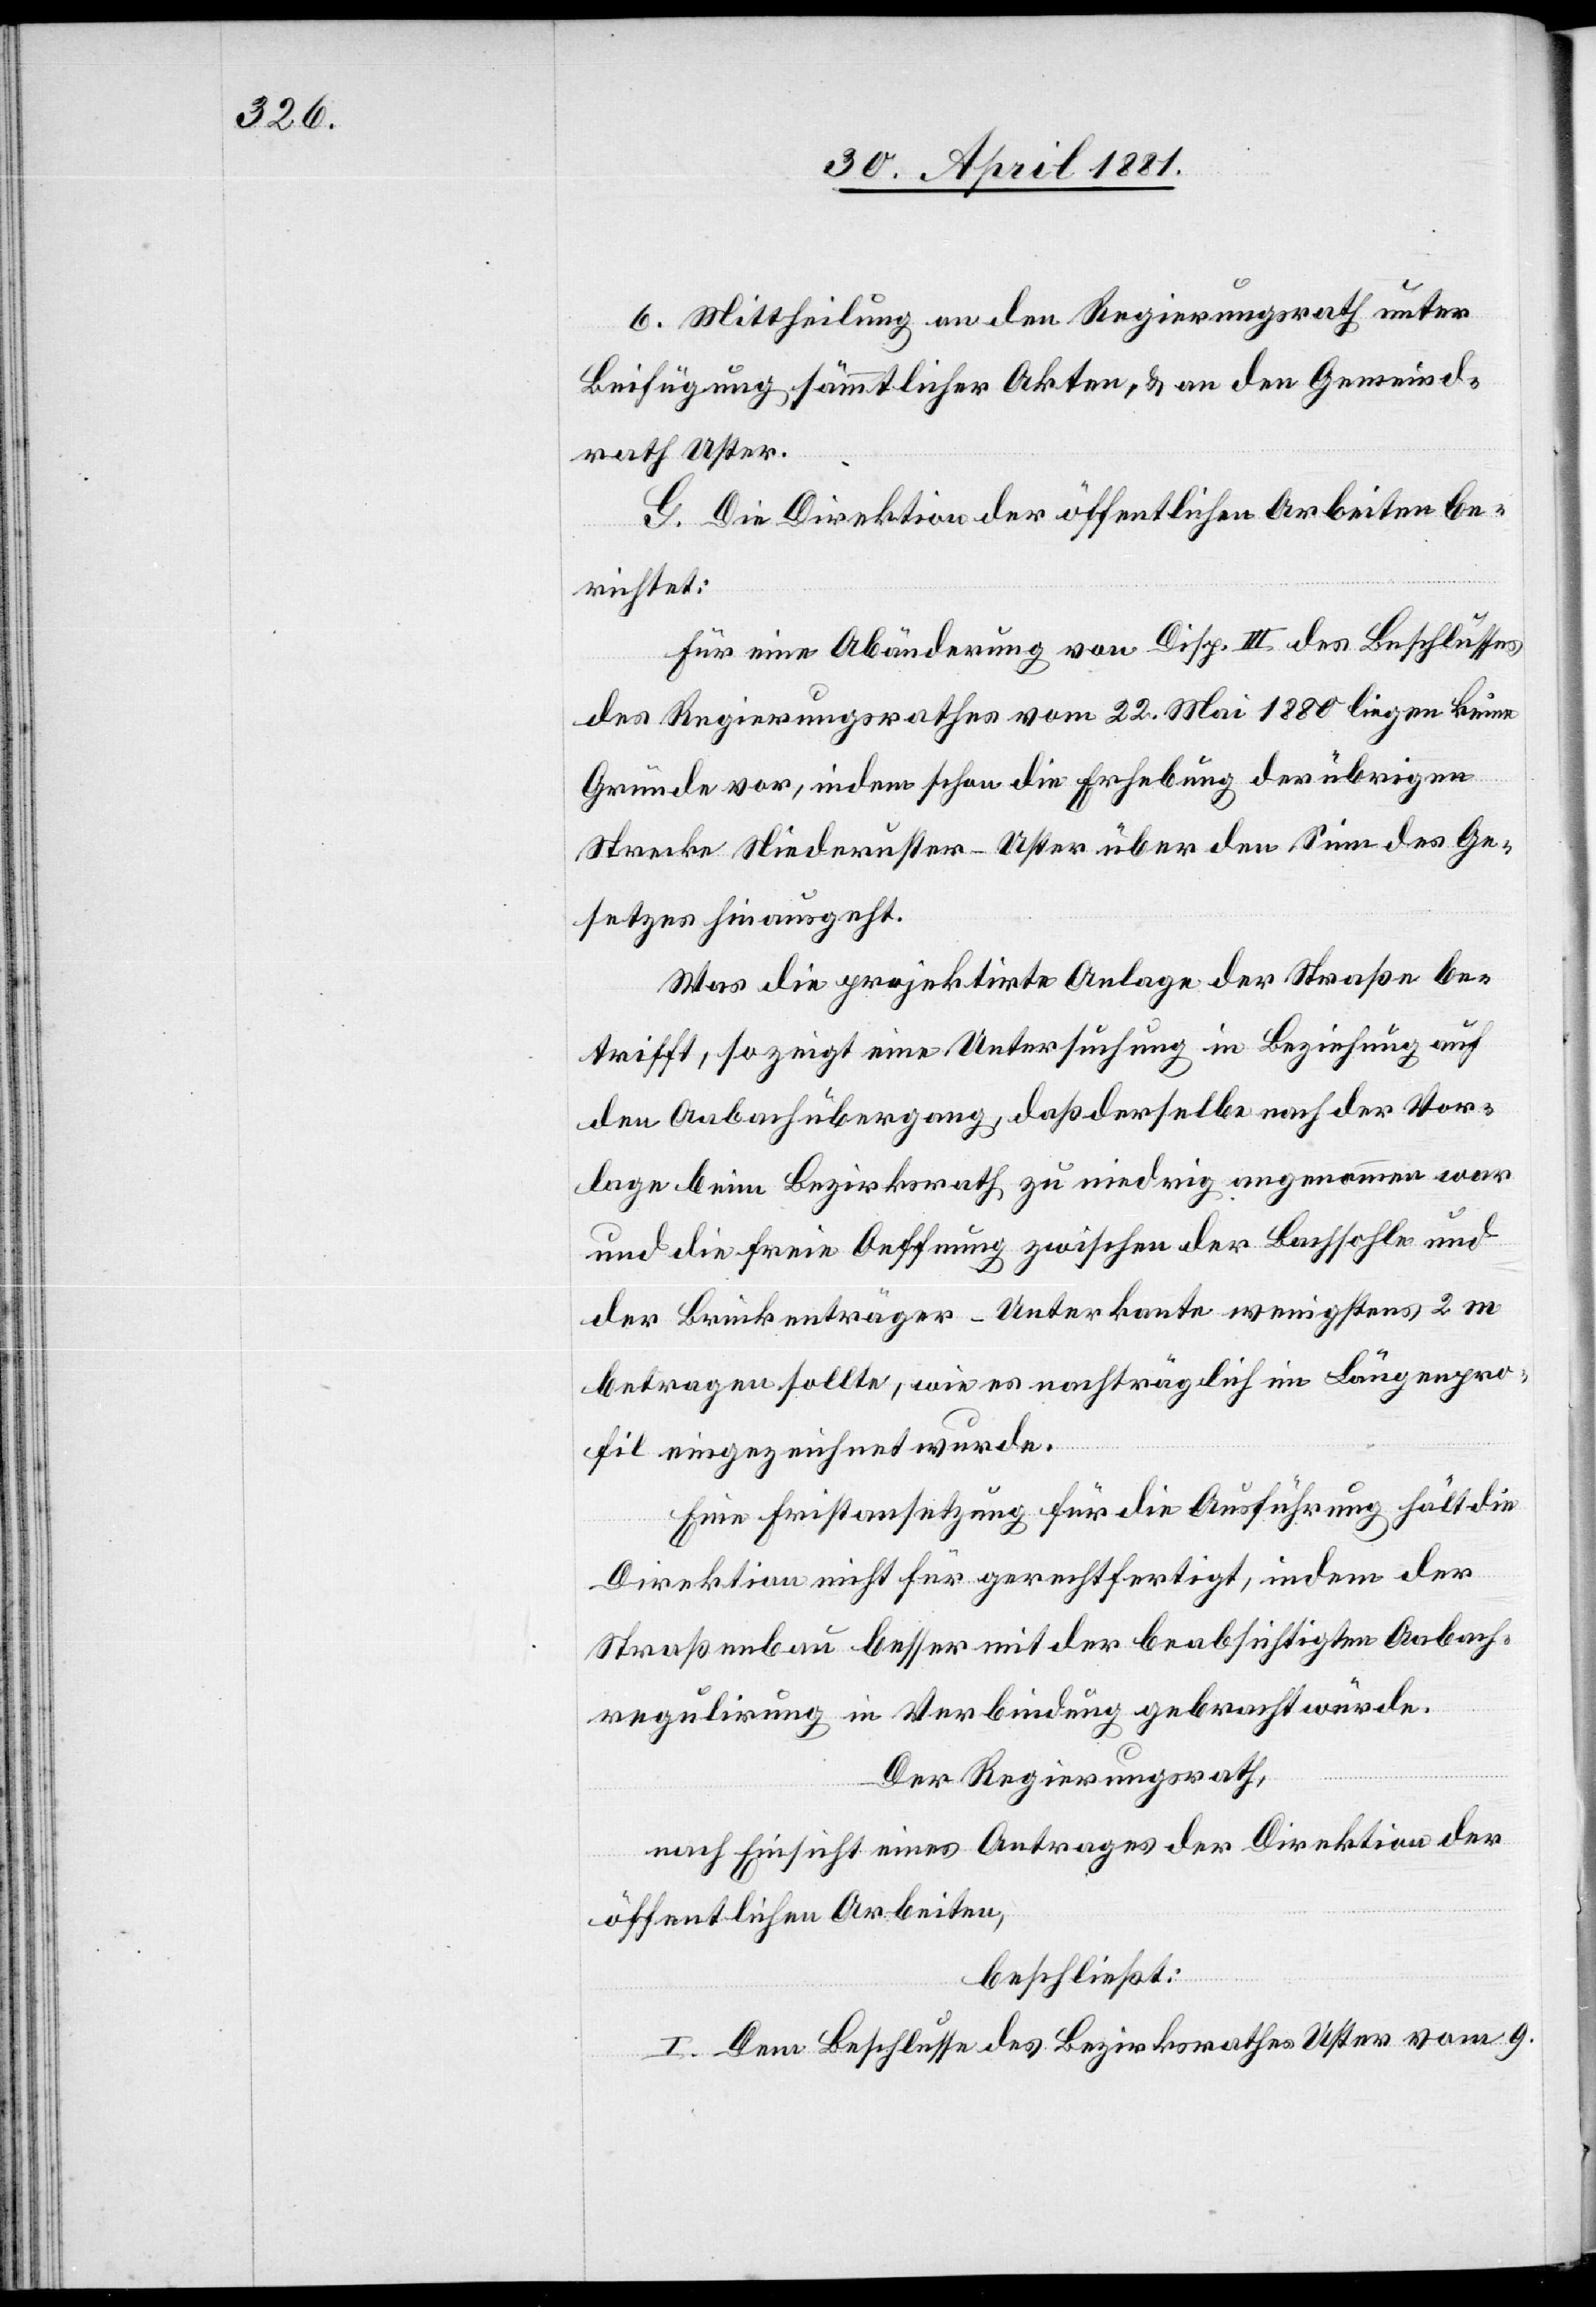
6. Mittheilung an den Regierungsrath unter
Beifügung sämmtlicher Akten, & an den Gemeind¬
rath Uster.
G. Die Direktion der öffentlichen Arbeiten be¬
richtet:
Für eine Abänderung von Disp. III des Beschlusses
des Regierungsrathes vom 22. Mai 1880 liegen keine
Gründe vor, indem schon die Erhebung der übrigen
Strecke Niederuster–Uster über den Sinn des Ge¬
setzes hinausgeht.
Was die projektirte Anlage der Straße be¬
trifft, so zeigt eine Untersuchung in Beziehung auf
den Aabachübergang, daß derselbe nach der Vor¬
lage beim Bezirksrath, zu niedrig angenommen war
und die freie Oeffnung zwischen der Bachsohle und
der Brückenträger-Unterkante wenigstens 2 m
betragen solle, wie es nachträglich im Längenpro¬
fil eingezeichnet wurde.
Eine Fristansetzung für die Ausführung hält die
Direktion nicht für gerechtfertigt, indem der
Straßenbau besser mit der beabsichtigten Aabach¬
regulirung in Verbindung gebracht würde.
Der Regierungsrath,
nach Einsicht eines Antrages der Direktion der
öffentlichen Arbeiten,
beschließt:
I. Dem Beschlusse des Bezirksrathes Uster vom 9.